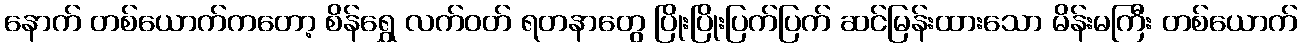
နောက် တစ်ယောက်ကတော့ စိန်ရွှေ လက်ဝတ် ရတနာတွေ ပြိုးပြိုးပြက်ပြက် ဆင်မြန်းထားသော မိန်းမကြီး တစ်ယောက်